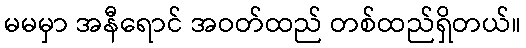
မမမှာ အနီရောင် အဝတ်ထည် တစ်ထည်ရှိတယ်။